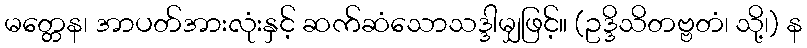
မတ္တေန၊ အာပတ်အားလုံးနှင့် ဆက်ဆံသောသဒ္ဒါမျှဖြင့်။ (ဥဒ္ဒိသိတဗ္ဗတံ၊ သို့၊) န